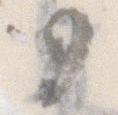
か